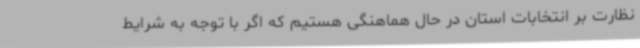
نظارت بر انتخابات استان در حال هماهنگی هستیم که اگر با توجه به شرایط